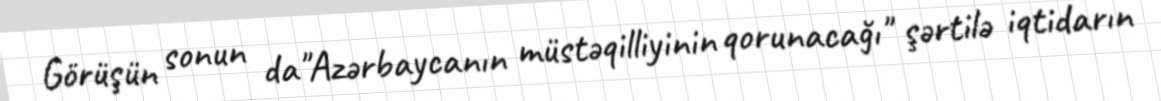
Görüşün sonun da"Azərbaycanın müstəqilliyinin qorunacağı" şərtilə iqtidarın